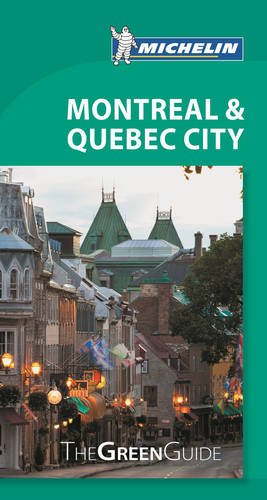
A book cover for Michelin Green Guide Montreal & Quebec City (Green Guide/Michelin); Michelin Travel & Lifestyle; Travel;